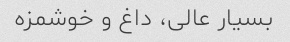
بسیار عالی، داغ و خوشمزه